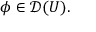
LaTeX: \phi \in { \mathcal { D } } ( U ) .